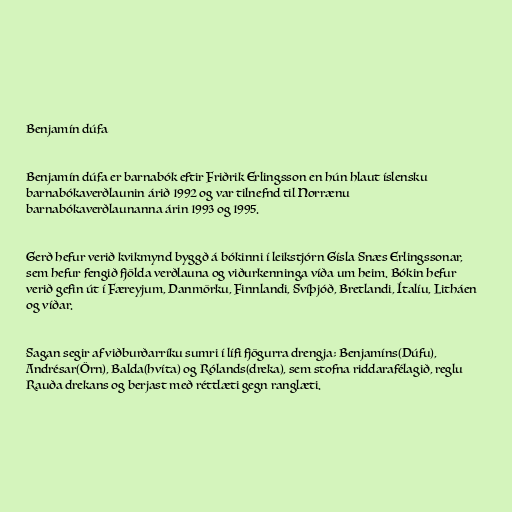
Benjamín dúfa

Benjamín dúfa er barnabók eftir Friðrik Erlingsson en hún hlaut íslensku
barnabókaverðlaunin árið 1992 og var tilnefnd til Norrænu
barnabókaverðlaunanna árin 1993 og 1995.

Gerð hefur verið kvikmynd byggð á bókinni í leikstjórn Gísla Snæs Erlingssonar,
sem hefur fengið fjölda verðlauna og viðurkenninga víða um heim. Bókin hefur
verið gefin út í Færeyjum, Danmörku, Finnlandi, Svíþjóð, Bretlandi, Ítalíu, Litháen
og víðar.

Sagan segir af viðburðarríku sumri í lífi fjögurra drengja; Benjamíns(Dúfu),
Andrésar(Örn), Balda(hvíta) og Rólands(dreka), sem stofna riddarafélagið, reglu
Rauða drekans og berjast með réttlæti gegn ranglæti.